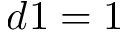
d 1 = 1